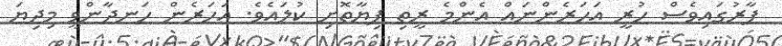
ފާރުގައިވެސް ހުރީ އަހަރެންނައް އެންމެ ރީތި ފިޔާތޮށި ކުލައެވެ. އަހަރެން ހަނދާންވީ މިދިޔަ